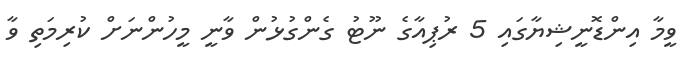
ވީމާ އިންޑޮނީޝިޔާގައި 5 ރުޕިއާގެ ނޫޓު ގެންގުޅުން ވާނީ މީހުންނަށް ކުރިމަތި ވާ